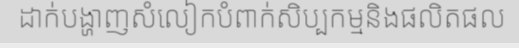
ដាក់បង្ហាញសំលៀកបំពាក់សិប្បកម្មនិងផលិតផល